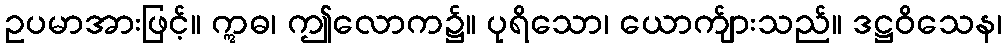
ဥပမာအားဖြင့်။ ဣဓ၊ ဤလောက၌။ ပုရိသော၊ ယောက်ျားသည်။ ဒဋ္ဌဝိသေန၊